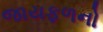
જાયફળનો